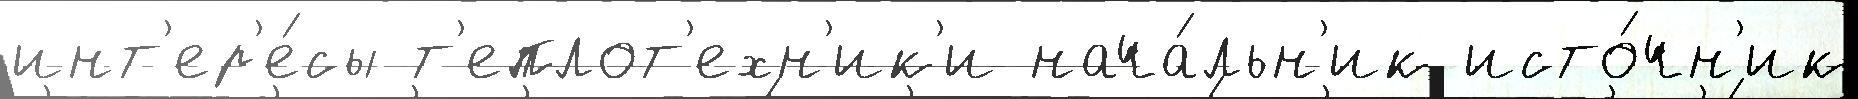
инт'ер'е́сы т'еплот'ехн'ик'и нача́льн'ик исто́чн'ик